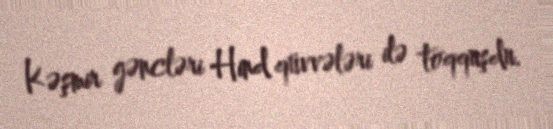
Kəşmir gəncləri Hind qüvvələri ilə toqquşdu.